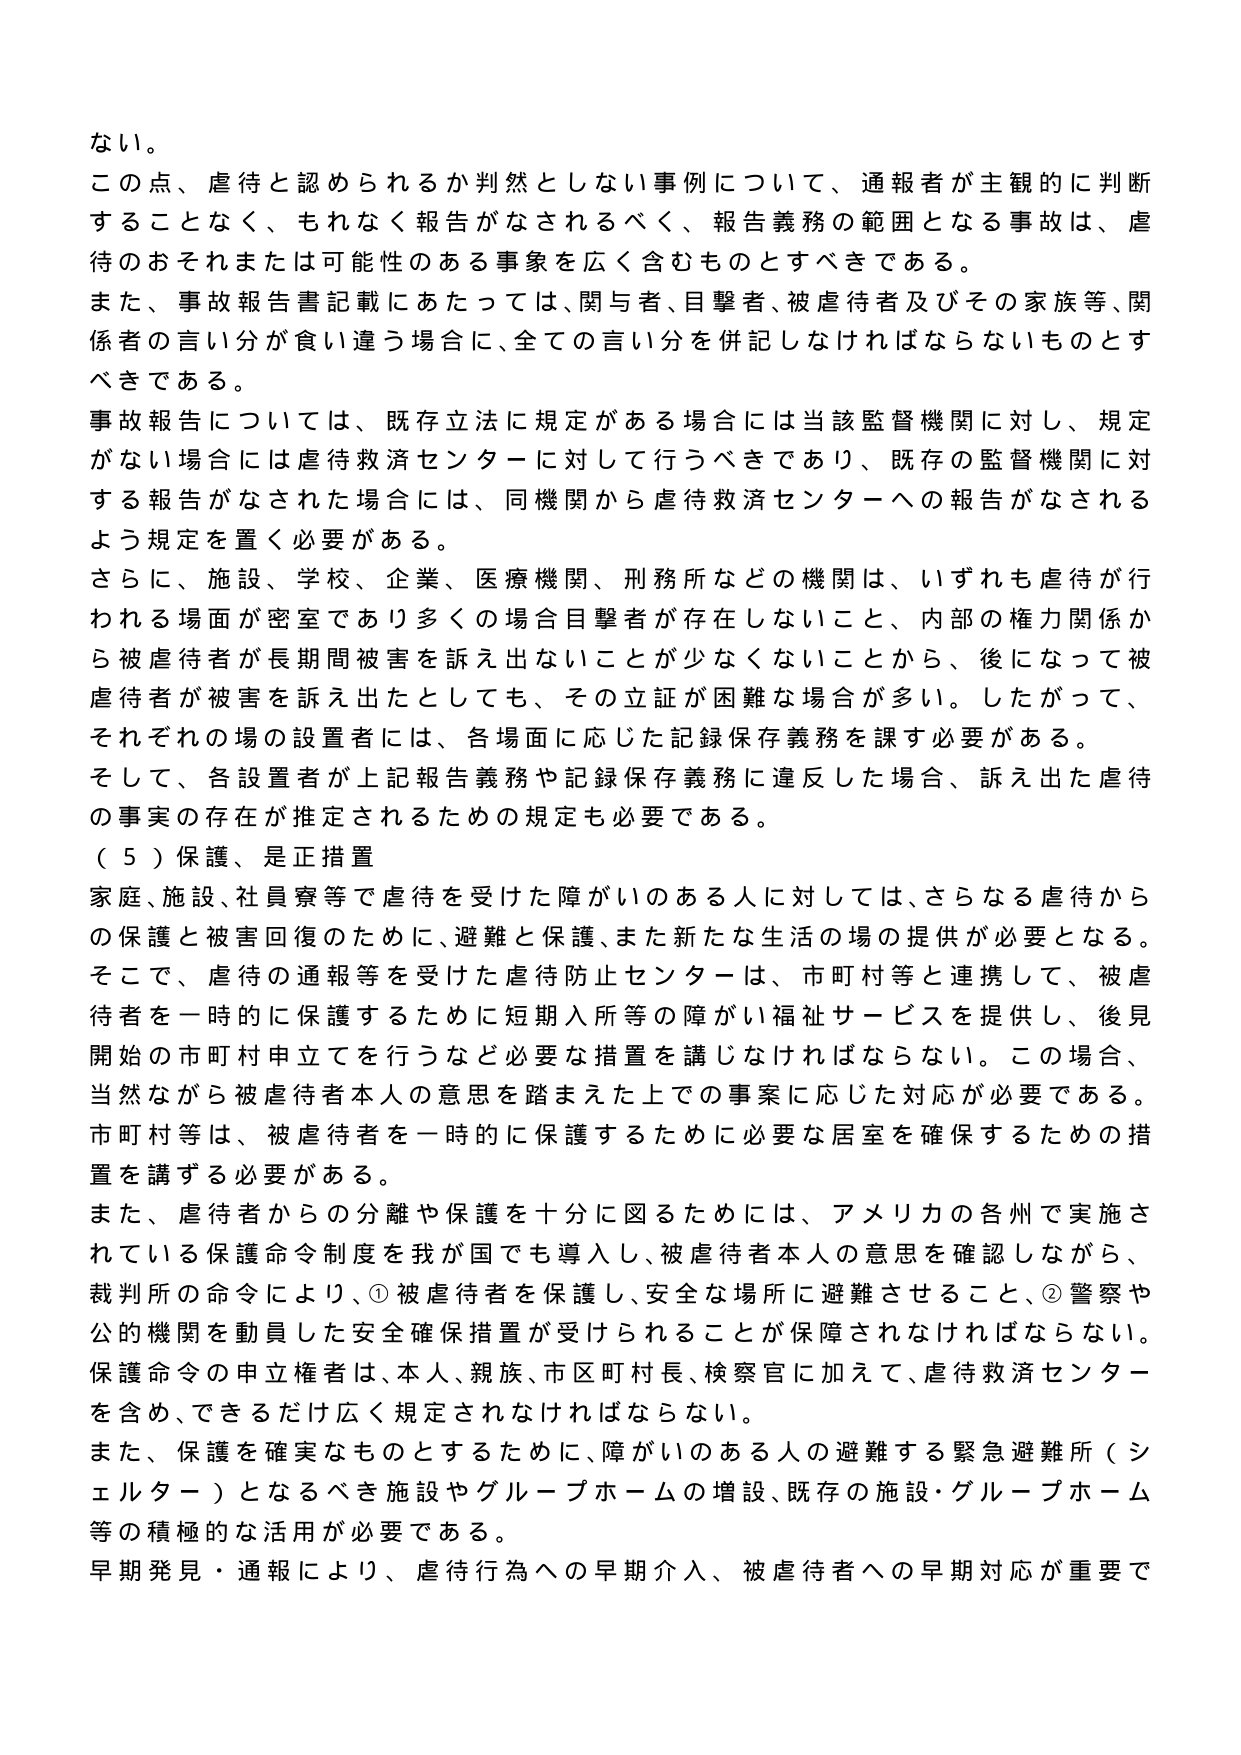
ない。

この点、虐待と認められるか判然としない事例について、通報者が主観的に判断することなく、もれなく報告がなされるべく、報告義務の範囲となる事故は、虐待のおそれまたは可能性のある事象を広く含むものとすべきである。

また、事故報告書記載にあたっては、関与者、目撃者、被虐待者及びその家族等、関係者の言い分が食い違う場合に、全ての言い分を併記しなければならないものとすべきである。

事故報告については、既存立法に規定がある場合には当該監督機関に対し、規定がない場合には虐待救済センターに対して行うべきであり、既存の監督機関に対する報告がなされた場合には、同機関から虐待救済センターへの報告がなされるよう規定を置く必要がある。

さらに、施設、学校、企業、医療機関、刑務所などの機関は、いずれも虐待が行われる場面が密室であり多くの場合目撃者が存在しないこと、内部の権力関係から被虐待者が長期間被害を訴え出ないことが少なくないことから、後になって被虐待者が被害を訴え出たとしても、その立証が困難な場合が多い。したがって、それぞれの場の設置者には、各場面に応じた記録保存義務を課す必要がある。

そして、各設置者が上記報告義務や記録保存義務に違反した場合、訴え出た虐待の事実の存在が推定されるための規定も必要である。

（５）保護、是正措置

家庭、施設、社員寮等で虐待を受けた障がいのある人に対しては、さらなる虐待からの保護と被害回復のために、避難と保護、また新たな生活の場の提供が必要となる。そこで、虐待の通報等を受けた虐待防止センターは、市町村等と連携して、被虐待者を一時的に保護するために短期入所等の障がい福祉サービスを提供し、後見開始の市町村申立てを行うなど必要な措置を講じなければならない。この場合、当然ながら被虐待者本人の意思を踏まえた上での事案に応じた対応が必要である。市町村等は、被虐待者を一時的に保護するために必要な居室を確保するための措置を講ずる必要がある。

また、虐待者からの分離や保護を十分に図るためには、アメリカの各州で実施されている保護命令制度を我が国でも導入し、被虐待者本人の意思を確認しながら、裁判所の命令により、①被虐待者を保護し、安全な場所に避難させること、②警察や公の機関を動員した安全確保措置が受けられることが保障されなければならない。保護命令の申立権者は、本人、親族、市区町村長、検察官に加えて、虐待救済センターを含め、できるだけ広く規定されなければならない。

また、保護を確実なものとするために、障がいのある人の避難する緊急避難所（シェルター）となるべき施設やグループホームの増設、既存の施設・グループホーム等の積極的な活用が必要である。

早期発見・通報により、虐待行為への早期介入、被虐待者への早期対応が重要で